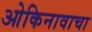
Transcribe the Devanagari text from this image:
ओकिनावाचा